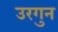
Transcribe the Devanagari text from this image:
उरगुन